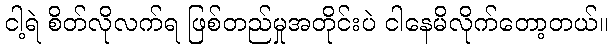
ငါ့ရဲ စိတ်လိုလက်ရ ဖြစ်တည်မှုအတိုင်းပဲ ငါနေမိလိုက်တော့တယ်။